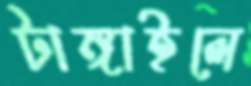
টাঙ্গাইলে